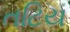
તટિય